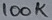
Text: 100K